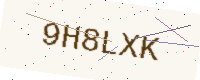
Text: 9H8LXK